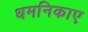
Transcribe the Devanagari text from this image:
धमनिकाए